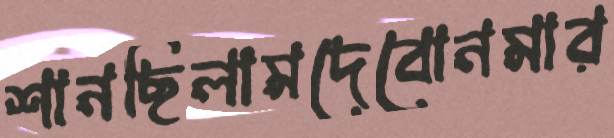
শানছিলামদেবোনমার